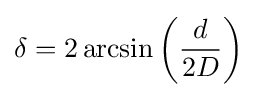
\delta =2\arcsin \left({\frac {d}{2D}}\right)